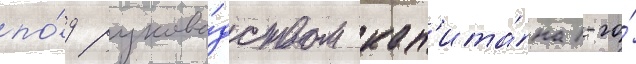
по́д руково́дством кап'ита́на 1-го́